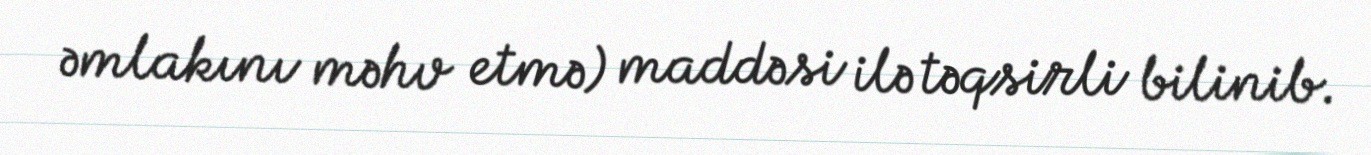
əmlakını məhv etmə) maddəsi ilə təqsirli bilinib.